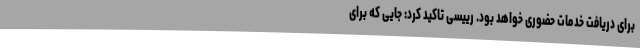
برای دریافت خدمات حضوری خواهد بود. رییسی تاکید کرد: جایی که برای